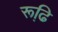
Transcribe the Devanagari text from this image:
रूढि़